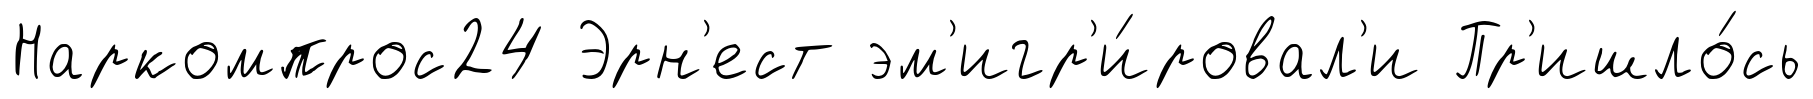
Наркомпрос24 Эрн'ест эм'игр'и́ровал'и Пр'ишло́сь